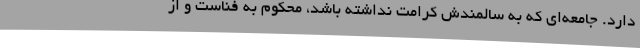
دارد. جامعه‌ای که به سالمندش کرامت نداشته باشد، محکوم به فناست و از